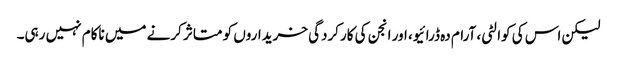
لیکن اس کی کوالٹی، آرام دہ ڈرائیو، اور انجن کی کارکردگی خریداروں کو متاثر کرنے میں ناکام نہیں رہی۔